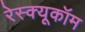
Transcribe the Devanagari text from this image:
रेस्क्यूकॉम